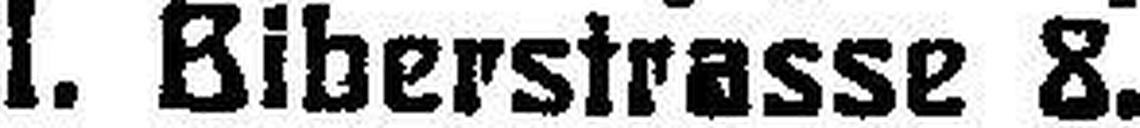
I. Biberstrasse 8.